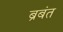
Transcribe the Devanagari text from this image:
ब्रबंत